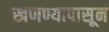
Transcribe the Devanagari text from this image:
खणण्यापासून